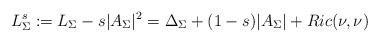
LaTeX: \begin{align*} L_{\Sigma}^{s} := L_{\Sigma} - s|A_{\Sigma}|^2 = \Delta_{\Sigma} + (1-s)|A_{\Sigma}| + Ric(\nu,\nu) \end{align*}